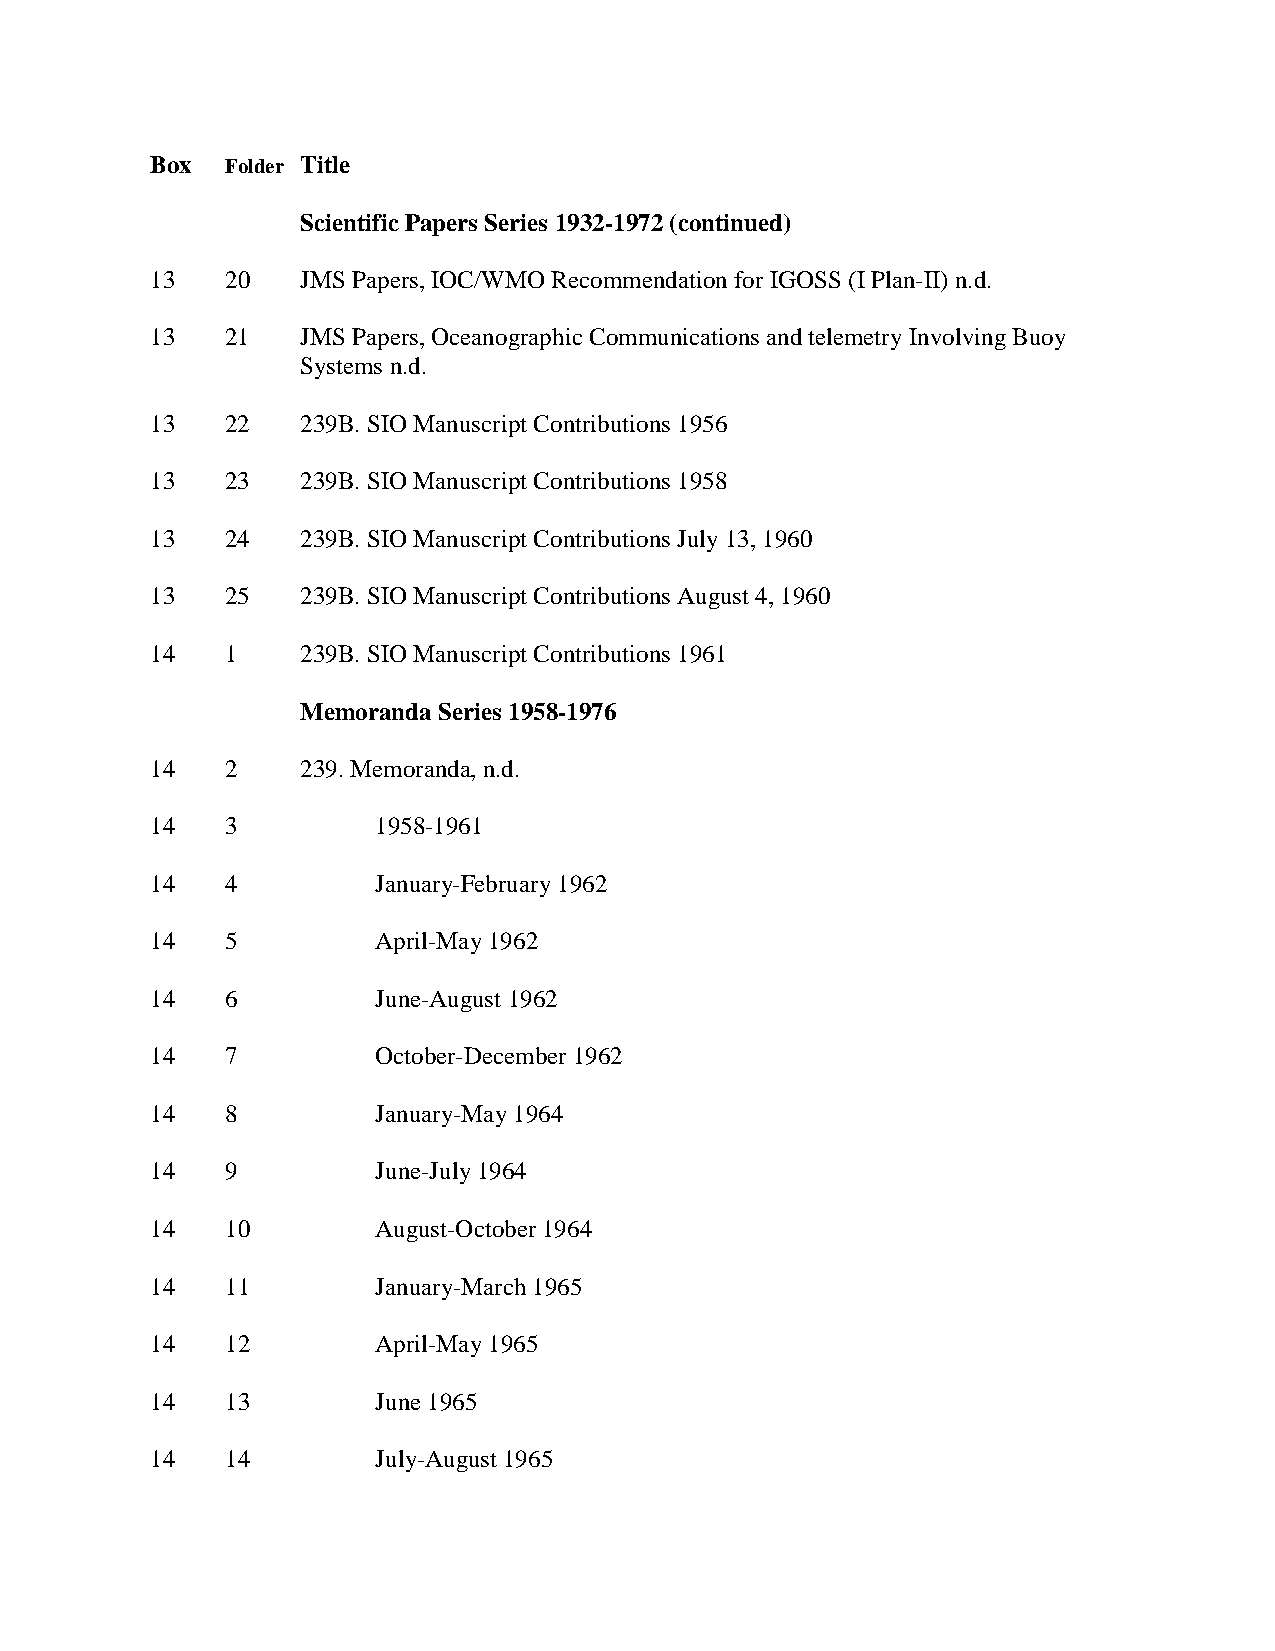
Box  Folder Title
 Scientific Papers Series 1932-1972 (continued)
 13   20   JMS Papers, IOC/WMO Recommendation for IGOSS (I Plan-II) n.d.
 13   21   JMS Papers, Oceanographic Communications and telemetry Involving Buoy
 Systems n.d.
 13   22   239B. SIO Manuscript Contributions 1956
 13   23   239B. SIO Manuscript Contributions 1958
 13   24   239B. SIO Manuscript Contributions July 13, 1960
 13   25   239B. SIO Manuscript Contributions August 4, 1960
 14   1    239B. SIO Manuscript Contributions 1961
 Memoranda Series 1958-1976
 14   2    239. Memoranda, n.d.
 14   3         1958-1961
 14   4         January-February 1962
 14   5         April-May 1962
 14   6         June-August 1962
 14   7         October-December 1962
 14   8         January-May 1964
 14   9         June-July 1964
 14   10        August-October 1964
 14   11        January-March 1965
 14   12        April-May 1965
 14   13        June 1965
 14   14        July-August 1965